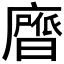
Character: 𭚃